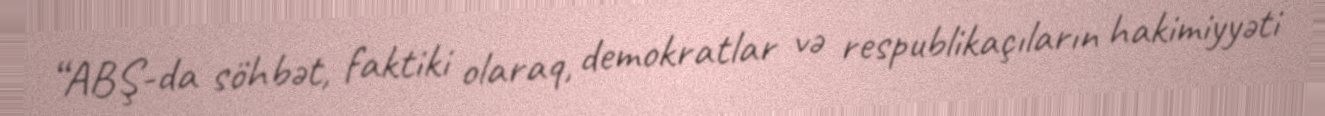
“ABŞ-da söhbət, faktiki olaraq, demokratlar və respublikaçıların hakimiyyəti